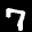
Label: 7